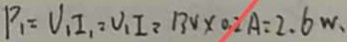
P _ { 1 } = V _ { 1 } I _ { 1 } = V _ { 1 } I = 1 3 v \times 0 . 2 A = 2 . 6 W .